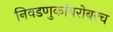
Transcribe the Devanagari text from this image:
निवडणुकांबरोबरच